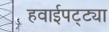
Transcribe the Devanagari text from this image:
हवाईपट्ट्या